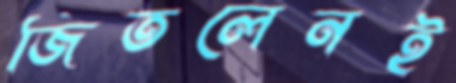
জিতলেনই